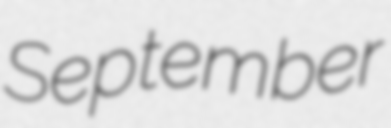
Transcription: September